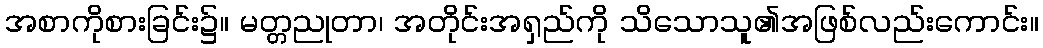
အစာကိုစားခြင်း၌။ မတ္တညုတာ၊ အတိုင်းအရှည်ကို သိသောသူ၏အဖြစ်လည်းကောင်း။